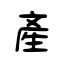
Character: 產